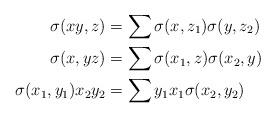
LaTeX: \begin{align*}\sigma(xy,z) &=\sum\sigma(x,z_1)\sigma(y,z_2) \\\sigma(x,yz) &=\sum\sigma(x_1,z)\sigma(x_2,y) \\\sigma(x_1,y_1)x_2y_2 &=\sum y_1x_1\sigma(x_2,y_2)\end{align*}